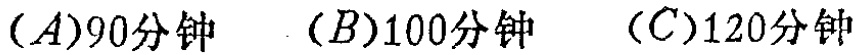
$(A)90\text{分钟}\quad (B)100\text{分钟}\quad (C)120\text{分钟}$